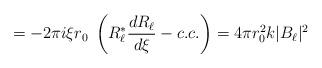
LaTeX: \begin{align*}= -2\pi i \xi r_0\; \left( R_\ell^\ast{dR_\ell\over d\xi} - c.c.\right) = 4\pi r_0^2 k |B_\ell|^2\end{align*}